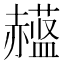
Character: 𲃈